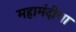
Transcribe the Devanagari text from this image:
महामंदीचा